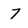
Character: 7